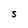
Character: S